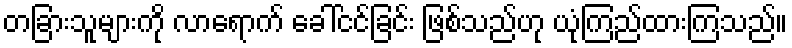
တခြားသူများကို လာရောက် ခေါ်ငင်ခြင်း ဖြစ်သည်ဟု ယုံကြည်ထားကြသည်။